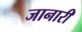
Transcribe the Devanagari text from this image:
जानारी